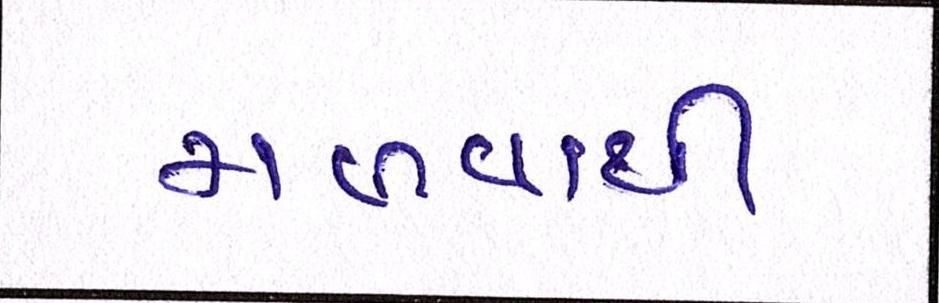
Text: મળવાથી